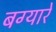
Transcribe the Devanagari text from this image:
बग्यारे